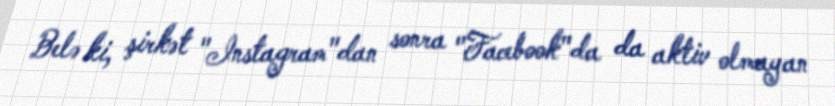
Belə ki, şirkət "Instagram"dan sonra "Facebook"da da aktiv olmayan